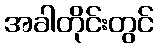
အခါတိုင်းတွင်